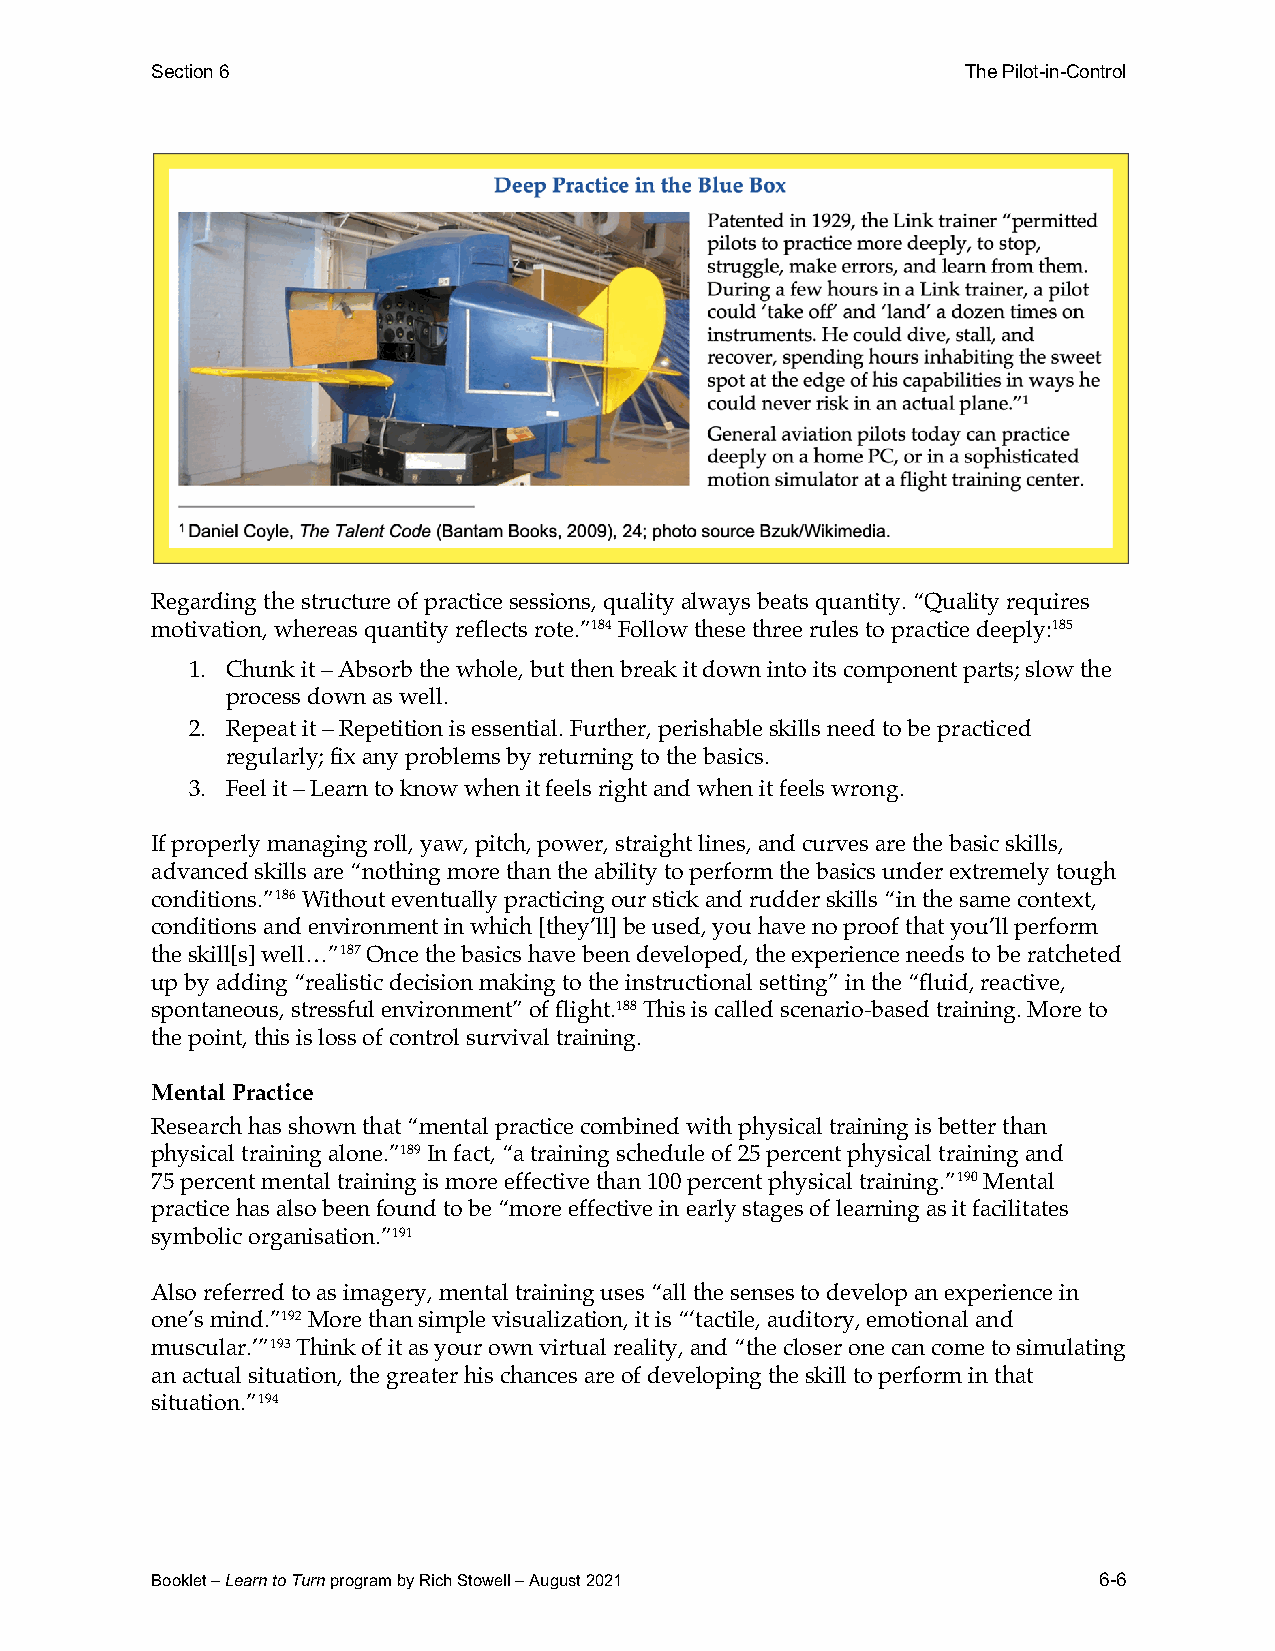
Section 6                                             The Pilot-in-Control
 Regarding the structure of practice sessions, quality always beats quantity. “Quality requires
 motivation, whereas quantity reflects rote.”184 Follow these three rules to practice deeply:185
 1. Chunk it – Absorb the whole, but then break it down into its component parts; slow the
 process down as well.
 2. Repeat it – Repetition is essential. Further, perishable skills need to be practiced
 regularly; fix any problems by returning to the basics.
 3. Feel it – Learn to know when it feels right and when it feels wrong.
 If properly managing roll, yaw, pitch, power, straight lines, and curves are the basic skills,
 advanced skills are “nothing more than the ability to perform the basics under extremely tough
 conditions.”186 Without eventually practicing our stick and rudder skills “in the same context,
 conditions and environment in which [they’ll] be used, you have no proof that you’ll perform
 the skill[s] well…”187 Once the basics have been developed, the experience needs to be ratcheted
 up by adding “realistic decision making to the instructional setting” in the “fluid, reactive,
 spontaneous, stressful environment” of flight.188 This is called scenario-based training. More to
 the point, this is loss of control survival training.
 Mental Practice
 Research has shown that “mental practice combined with physical training is better than
 physical training alone.”189 In fact, “a training schedule of 25 percent physical training and
 75 percent mental training is more effective than 100 percent physical training.”190 Mental
 practice has also been found to be “more effective in early stages of learning as it facilitates
 symbolic organisation.”191
 Also referred to as imagery, mental training uses “all the senses to develop an experience in
 one’s mind.”192 More than simple visualization, it is “‘tactile, auditory, emotional and
 muscular.’”193 Think of it as your own virtual reality, and “the closer one can come to simulating
 an actual situation, the greater his chances are of developing the skill to perform in that
 situation.”194
 Booklet – Learn to Turn program by Rich Stowell – August 2021  6-6